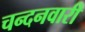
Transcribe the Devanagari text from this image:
चन्दनवारी